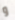
و